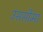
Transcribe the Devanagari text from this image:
उससीमा